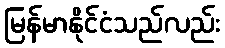
မြန်မာနိုင်ငံသည်လည်း